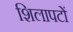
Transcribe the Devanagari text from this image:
शिलापटों